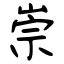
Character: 崇